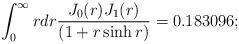
LaTeX: \begin{align*}\int_{0}^{\infty}rdr \frac{J_{0}(r)J_1(r)} {\left(1+r\sinh r\right)}=0.183096;\end{align*}